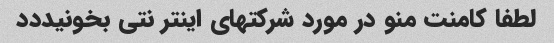
لطفا کامنت منو در مورد شرکتهای اینتر نتی بخونیددد